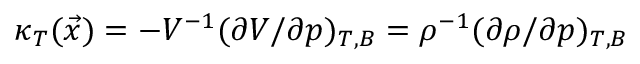
\kappa _ { T } ( \vec { x } ) = - V ^ { - 1 } ( \partial V / \partial p ) _ { T , B } = \rho ^ { - 1 } ( \partial \rho / \partial p ) _ { T , B }